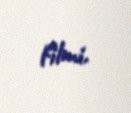
filmi.